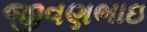
જીવણભાઇ